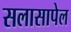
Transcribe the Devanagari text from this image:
सलासापेल